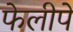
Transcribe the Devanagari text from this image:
फेलीपे